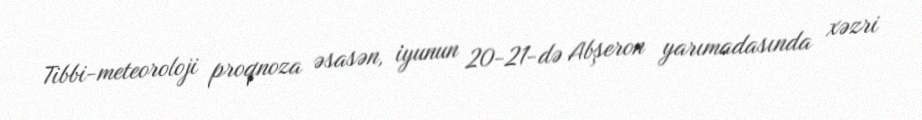
Tibbi-meteoroloji proqnoza əsasən, iyunun 20-21-də Abşeron yarımadasında xəzri